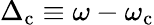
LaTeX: \Delta_{\mathrm{c}}\equiv\omega-\omega_{\mathrm{c}}